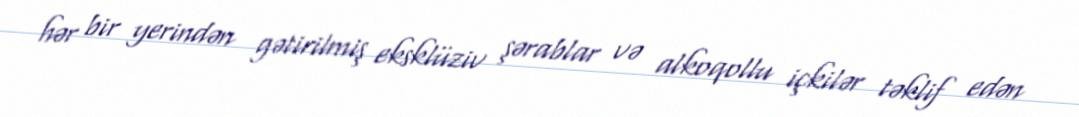
hər bir yerindən gətirilmiş eksklüziv şərablar və alkoqollu içkilər təklif edən